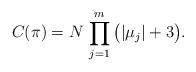
LaTeX: \begin{align*}C(\pi) = N \, \prod_{j=1}^m \big(|\mu_j| + 3 \big).\end{align*}